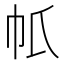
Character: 𢁤